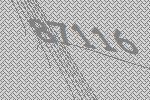
87116